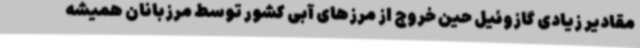
مقادیر زیادی گازوئیل حین خروج از مرزهای آبی کشور توسط مرزبانان همیشه